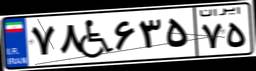
۷۸W۶۳۵۷۵